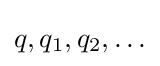
q,q_{1},q_{2},\ldots